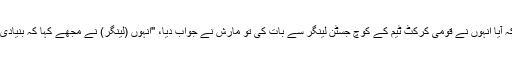
جب ان سے پوچھا گیا کہ آیا انہوں نے قومی کرکٹ ٹیم کے کوچ جسٹن لینگر سے بات کی تو مارش نے جواب دیا، ''انہوں (لینگر) نے مجھے کہا کہ بنیادی طور پر میں احمق ہوں۔